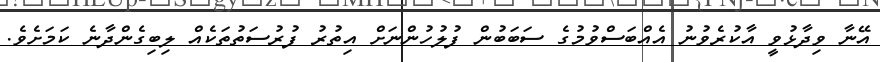
އޭނާ ވިދާޅުވީ އާކުރެވުނު އެއްބަސްވުމުގެ ސަބަބުން ފުލުހުންނަށް އިތުރު ފުރުސަތުތަކެއް ލިބިގެންދާނެ ކަމަށެވެ.